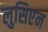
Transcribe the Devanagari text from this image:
लुसिएन